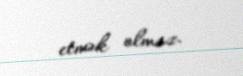
etmək olmaz.